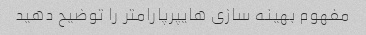
مفهوم بهینه سازی هایپرپارامتر را توضیح دهید